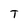
Character: T